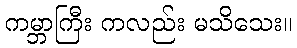
ကမ္ဘာကြီး ကလည်း မသိသေး။